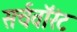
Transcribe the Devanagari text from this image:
सर्चवॉरंट